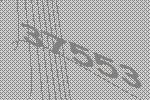
37553